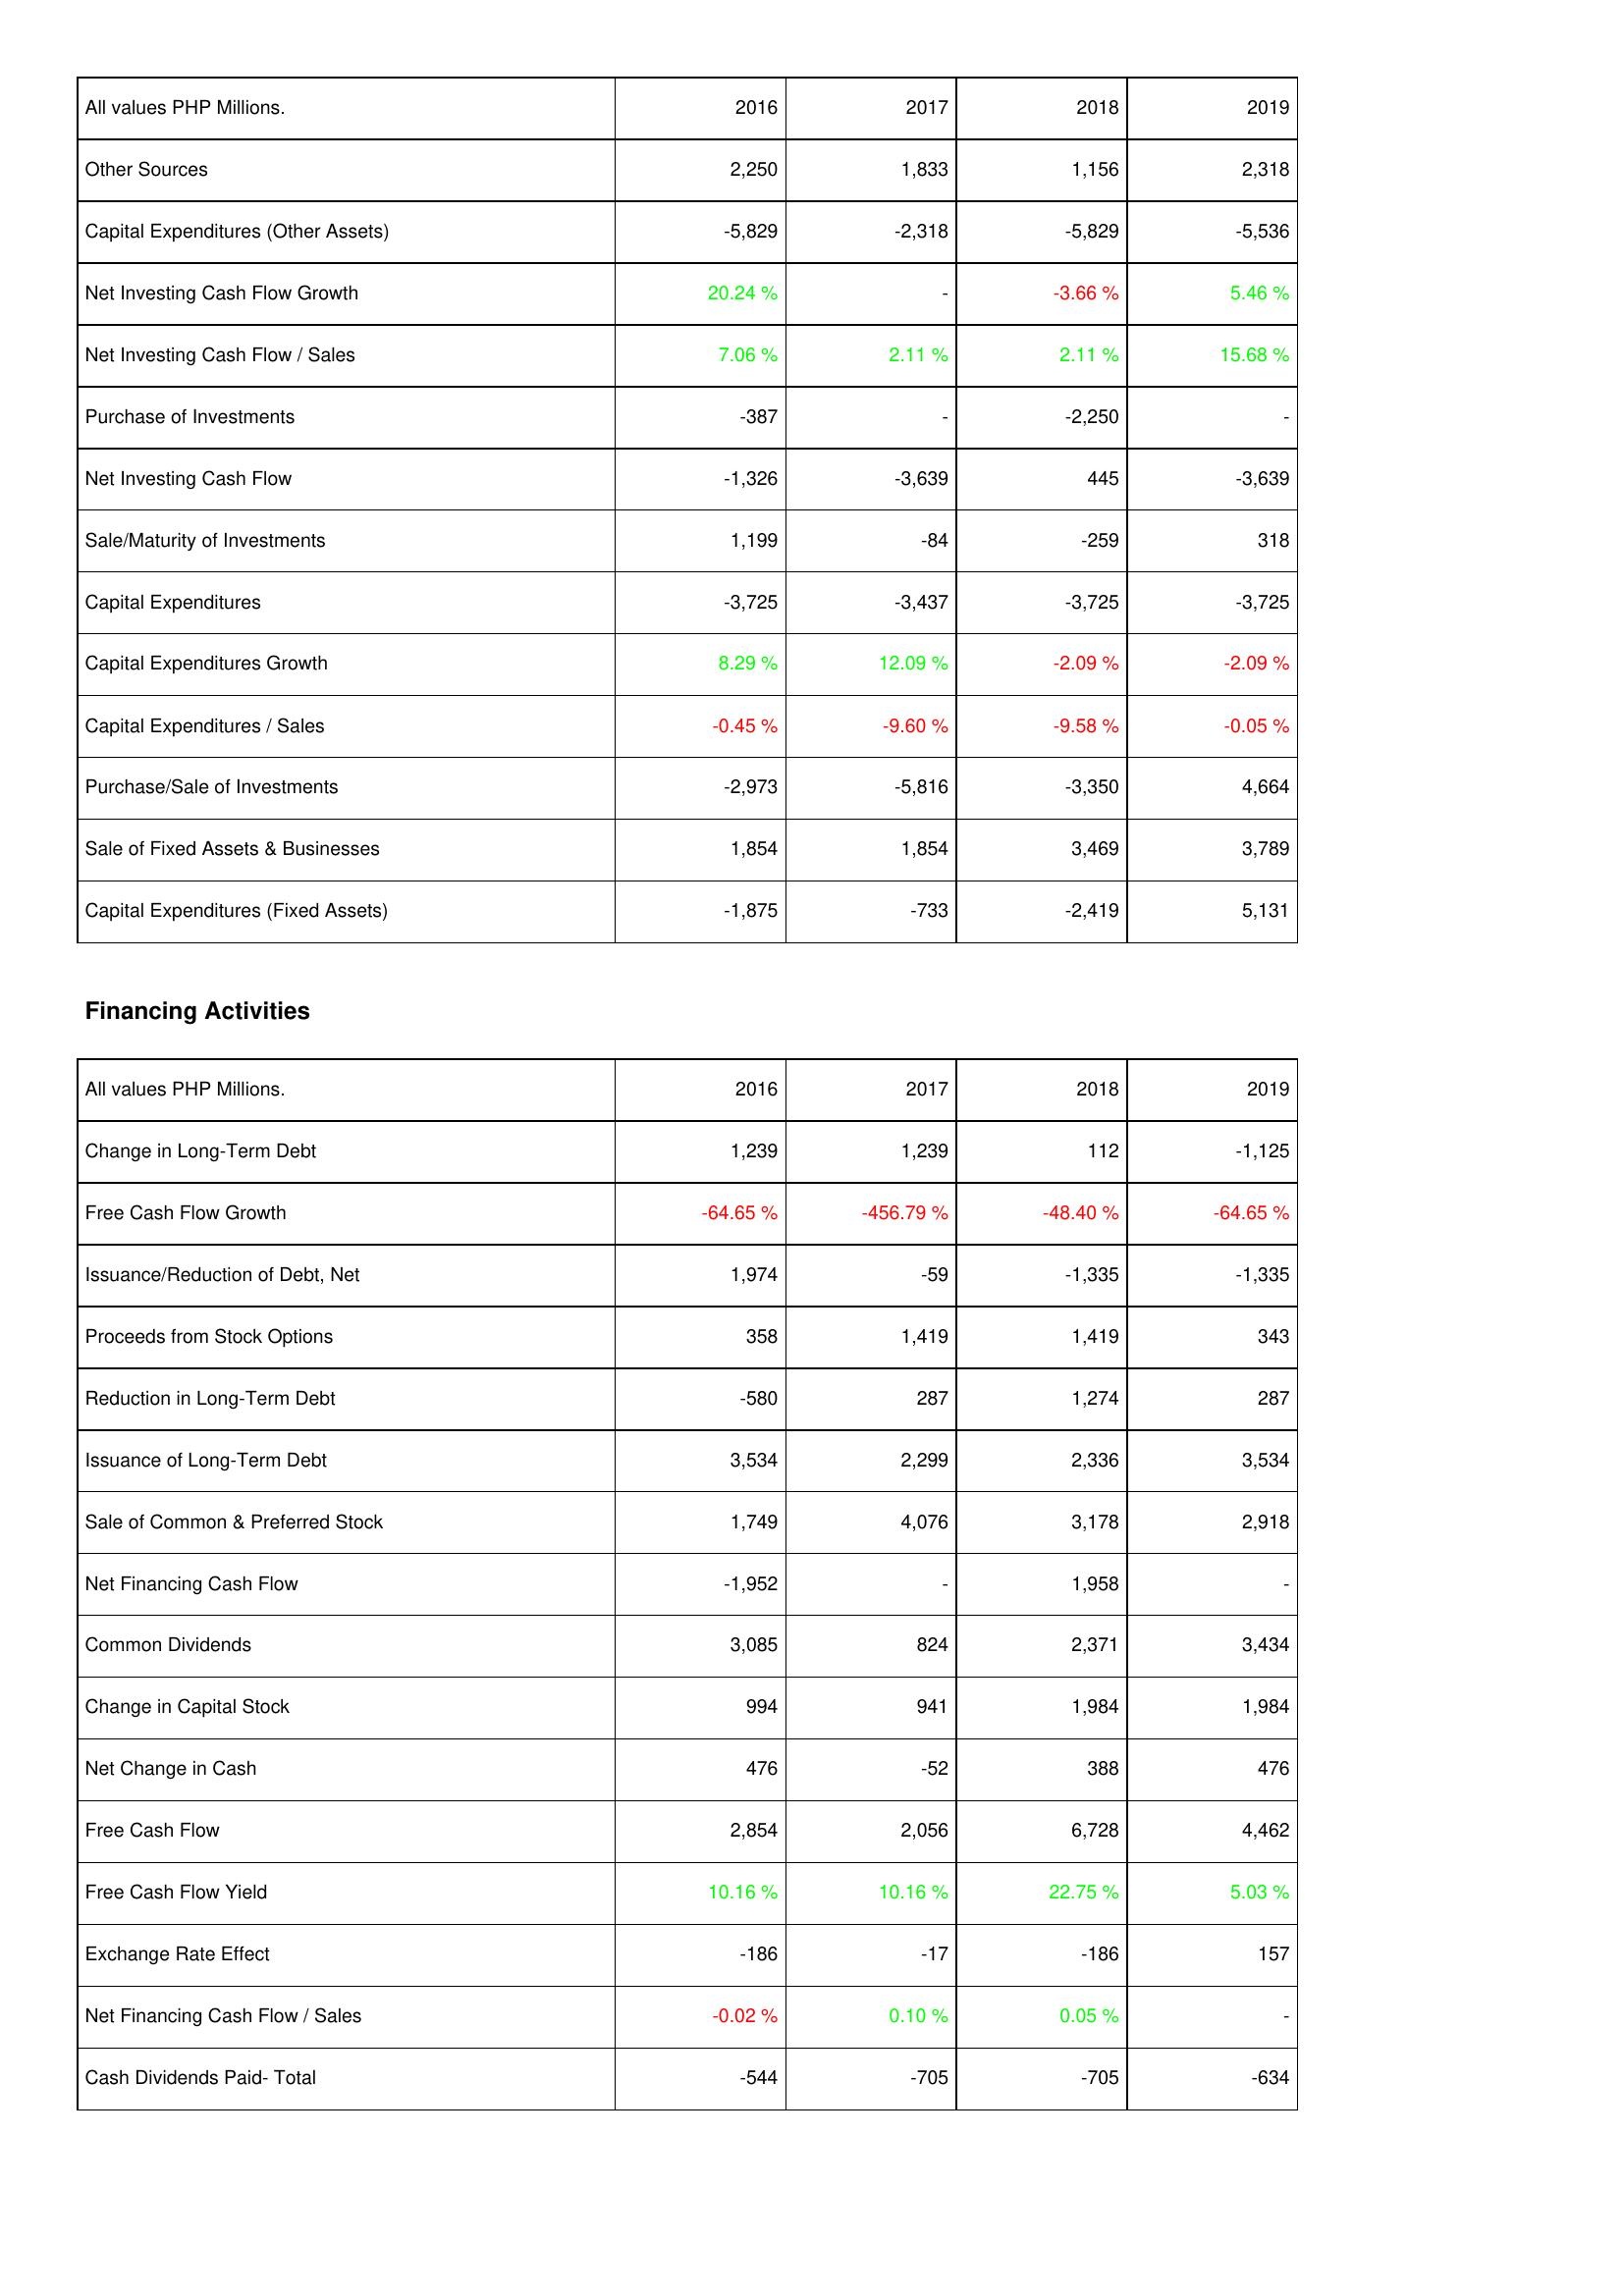
2016: Investing Activities: Other Sources: 2,250
Capital Expenditures (Other Assets): -5,829
Net Investing Cash Flow Growth: 20.24 %
Net Investing Cash Flow / Sales: 7.06 %
Purchase of Investments: -387
Net Investing Cash Flow: -1,326
Sale/Maturity of Investments: 1,199
Capital Expenditures: -3,725
Capital Expenditures Growth: 8.29 %
Capital Expenditures / Sales: -0.45 %
Purchase/Sale of Investments: -2,973
Sale of Fixed Assets & Businesses: 1,854
Capital Expenditures (Fixed Assets): -1,875
Financing Activities: Change in Long-Term Debt: 1,239
Free Cash Flow Growth: -64.65 %
Issuance/Reduction of Debt, Net: 1,974
Proceeds from Stock Options: 358
Reduction in Long-Term Debt: -580
Issuance of Long-Term Debt: 3,534
Sale of Common & Preferred Stock: 1,749
Net Financing Cash Flow: -1,952
Common Dividends: 3,085
Change in Capital Stock: 994
Net Change in Cash: 476
Free Cash Flow: 2,854
Free Cash Flow Yield: 10.16 %
Exchange Rate Effect: -186
Net Financing Cash Flow / Sales: -0.02 %
Cash Dividends Paid- Total: -544
2017: Investing Activities: Other Sources: 1,833
Capital Expenditures (Other Assets): -2,318
Net Investing Cash Flow Growth: -
Net Investing Cash Flow / Sales: 2.11 %
Purchase of Investments: -
Net Investing Cash Flow: -3,639
Sale/Maturity of Investments: -84
Capital Expenditures: -3,437
Capital Expenditures Growth: 12.09 %
Capital Expenditures / Sales: -9.60 %
Purchase/Sale of Investments: -5,816
Sale of Fixed Assets & Businesses: 1,854
Capital Expenditures (Fixed Assets): -733
Financing Activities: Change in Long-Term Debt: 1,239
Free Cash Flow Growth: -456.79 %
Issuance/Reduction of Debt, Net: -59
Proceeds from Stock Options: 1,419
Reduction in Long-Term Debt: 287
Issuance of Long-Term Debt: 2,299
Sale of Common & Preferred Stock: 4,076
Net Financing Cash Flow: -
Common Dividends: 824
Change in Capital Stock: 941
Net Change in Cash: -52
Free Cash Flow: 2,056
Free Cash Flow Yield: 10.16 %
Exchange Rate Effect: -17
Net Financing Cash Flow / Sales: 0.10 %
Cash Dividends Paid- Total: -705
2018: Investing Activities: Other Sources: 1,156
Capital Expenditures (Other Assets): -5,829
Net Investing Cash Flow Growth: -3.66 %
Net Investing Cash Flow / Sales: 2.11 %
Purchase of Investments: -2,250
Net Investing Cash Flow: 445
Sale/Maturity of Investments: -259
Capital Expenditures: -3,725
Capital Expenditures Growth: -2.09 %
Capital Expenditures / Sales: -9.58 %
Purchase/Sale of Investments: -3,350
Sale of Fixed Assets & Businesses: 3,469
Capital Expenditures (Fixed Assets): -2,419
Financing Activities: Change in Long-Term Debt: 112
Free Cash Flow Growth: -48.40 %
Issuance/Reduction of Debt, Net: -1,335
Proceeds from Stock Options: 1,419
Reduction in Long-Term Debt: 1,274
Issuance of Long-Term Debt: 2,336
Sale of Common & Preferred Stock: 3,178
Net Financing Cash Flow: 1,958
Common Dividends: 2,371
Change in Capital Stock: 1,984
Net Change in Cash: 388
Free Cash Flow: 6,728
Free Cash Flow Yield: 22.75 %
Exchange Rate Effect: -186
Net Financing Cash Flow / Sales: 0.05 %
Cash Dividends Paid- Total: -705
2019: Investing Activities: Other Sources: 2,318
Capital Expenditures (Other Assets): -5,536
Net Investing Cash Flow Growth: 5.46 %
Net Investing Cash Flow / Sales: 15.68 %
Purchase of Investments: -
Net Investing Cash Flow: -3,639
Sale/Maturity of Investments: 318
Capital Expenditures: -3,725
Capital Expenditures Growth: -2.09 %
Capital Expenditures / Sales: -0.05 %
Purchase/Sale of Investments: 4,664
Sale of Fixed Assets & Businesses: 3,789
Capital Expenditures (Fixed Assets): 5,131
Financing Activities: Change in Long-Term Debt: -1,125
Free Cash Flow Growth: -64.65 %
Issuance/Reduction of Debt, Net: -1,335
Proceeds from Stock Options: 343
Reduction in Long-Term Debt: 287
Issuance of Long-Term Debt: 3,534
Sale of Common & Preferred Stock: 2,918
Net Financing Cash Flow: -
Common Dividends: 3,434
Change in Capital Stock: 1,984
Net Change in Cash: 476
Free Cash Flow: 4,462
Free Cash Flow Yield: 5.03 %
Exchange Rate Effect: 157
Net Financing Cash Flow / Sales: -
Cash Dividends Paid- Total: -634